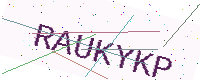
Text: RAUKYKP